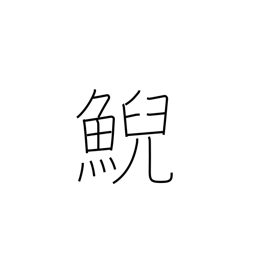
Meaning: female whale